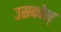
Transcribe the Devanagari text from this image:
उसकोश्